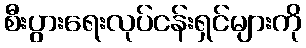
စီးပွားရေးလုပ်ငန်းရှင်များကို